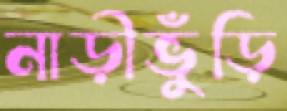
নাড়ীভুঁড়ি